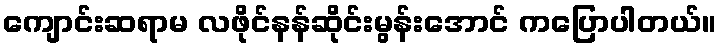
ကျောင်းဆရာမ လဖိုင်နန်ဆိုင်းမွန်းအောင် ကပြောပါတယ်။